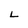
Character: L